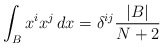
\begin{align*} \int_{B}x^i x^j\,dx =\delta^{ij}\frac{|B|}{N+2} \end{align*}